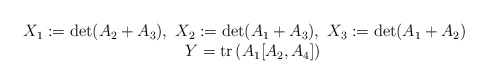
\begin{align*}\begin{matrix}X_1:=\det(A_2+A_3),\ X_2:=\det(A_1+A_3),\ X_3:=\det(A_1+A_2)\\\ \ \ Y=\mathrm{tr}\left(A_1[A_2,A_4]\right)\end{matrix}\end{align*}